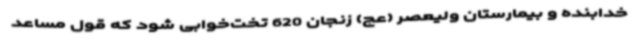
خدابنده و بیمارستان ولیعصر (عج) زنجان 620 تخت‌خوابی شود که قول مساعد